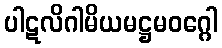
ပါဋလိဂါမိယမဋ္ဌမဝဂ္ဂေါ